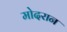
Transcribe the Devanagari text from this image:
मोदरान